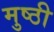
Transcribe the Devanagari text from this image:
मुष्ठी